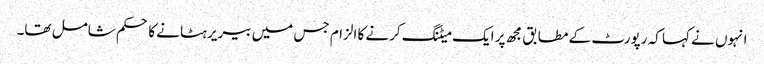
انہوں نے کہا کہ رپورٹ کے مطابق مجھ پر ایک میٹنگ کرنے کا الزام جس میں بیریر ہٹانے کا حکم شامل تھا۔